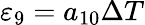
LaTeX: {{\varepsilon}_{9}}={{a}_{10}}\Delta T